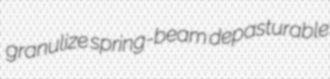
granulize spring-beam depasturable